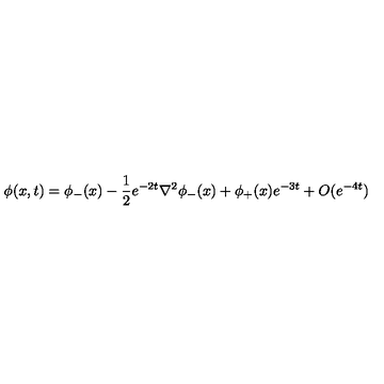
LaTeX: \phi ( x , t ) = \phi _ { - } ( x ) - \frac { 1 } { 2 } e ^ { - 2 t } \nabla ^ { 2 } \phi _ { - } ( x ) + \phi _ { + } ( x ) e ^ { - 3 t } + O ( e ^ { - 4 t } )